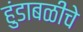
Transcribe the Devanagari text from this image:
हुंडाबळीचे